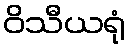
ဝိသီယရုံ